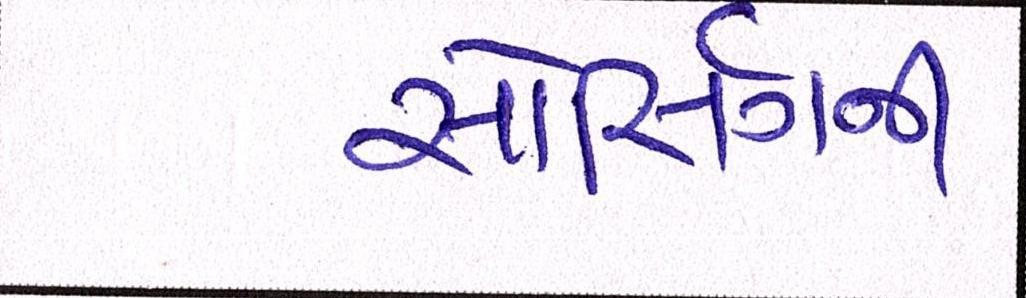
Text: સોર્સિંગની